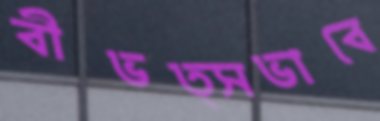
বীভত্সভাবে